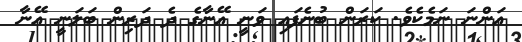
އަންނަ ނަމެކެވެ. ކަރަން ބުނެފައި ވަނީ އޭނާގެ ދެ ދަރިން ބަލަނީ އޭނާ